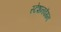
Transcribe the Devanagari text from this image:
स्टेशनवॅगन